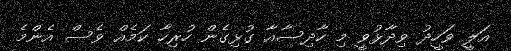
އަލީ ވަހީދު ވިދާޅުވީ މި ހާދިސާއާ ގުޅިގެން ހުރިހާ ކަމެއް ވެސް އެންމެ